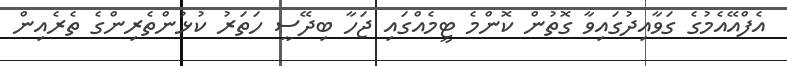
އެފްއޭއެމުގެ ގަވާއިދުގައިވާ ގޮތުން ކޮންމެ ޓީމެއްގައި ޖަހާ ބިދޭސީ ހަތަރު ކުޅުންތެރިންގެ ތެރެއިން